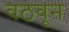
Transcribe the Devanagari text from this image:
वठवून